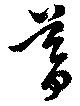
暮